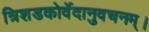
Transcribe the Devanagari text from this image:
त्रिशडकोर्वेदानुवचनम्।